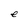
Character: e